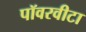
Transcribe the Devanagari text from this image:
पॉवरवीटा